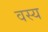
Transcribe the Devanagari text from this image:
वस्य